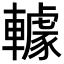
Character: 𨎶